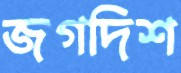
জগদিশ